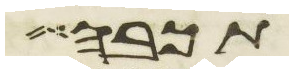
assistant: תכבה